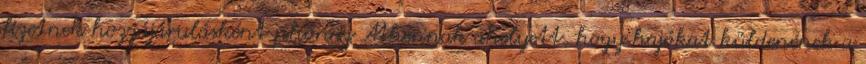
fizetnek hozzájárulásként phórosz Athénnak ahelyett, hogy hajókat küldenének a